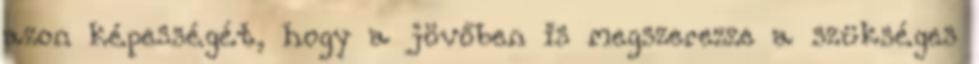
azon képességét, hogy a jövőben is megszerezze a szükséges